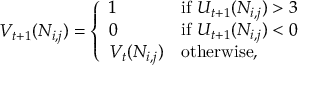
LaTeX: V _ { t + 1 } ( N _ { i , j } ) = \left\{ { \begin{array} { l l } { 1 } & { { \mathrm { i f } } \, \, U _ { t + 1 } ( N _ { i , j } ) > 3 } \\ { 0 } & { { \mathrm { i f } } \, \, U _ { t + 1 } ( N _ { i , j } ) < 0 } \\ { V _ { t } ( N _ { i , j } ) } & { { \mathrm { o t h e r w i s e } } , } \end{array} } \right.